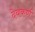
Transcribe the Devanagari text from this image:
देवकर्ण